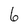
Character: 6